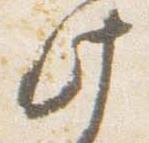
此